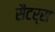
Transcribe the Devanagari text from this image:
सैटर्स